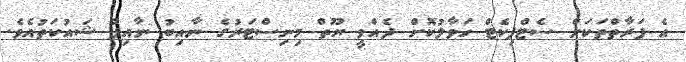
އެ ފަރާތްތަކަށް ސެޓްފިކެޓް ހަވާލުކޮށް ދެއްވީ ޔޫތް މިނިސްޓަރުގެ ނާއިބު ނާއިފް ޝައުކަތުއެވެ.